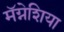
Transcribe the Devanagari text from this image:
मॅग्नेशिया